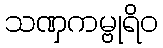
သဏှကမ္ဗုရိဝ